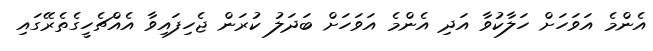
އެންމެ އަވަހަށް ހަލާކުވާ އަދި އެންމެ އަވަހަށް ބަދަލު ކުރަން ޖެހިފައިވާ އެއްޗެހީގެތެރޭގައި